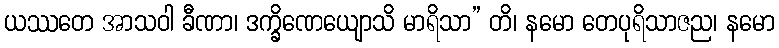
ယဿတေ အာသဝါ ခီဏာ၊ ဒက္ခိဏေယျောသိ မာရိသာ” တိ၊ နမော တေပုရိသာဇည၊ နမော